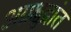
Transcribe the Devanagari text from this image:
अग्रक्षुद्रांत